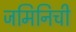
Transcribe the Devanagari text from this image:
जमिनिची